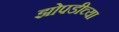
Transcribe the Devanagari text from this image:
झोपडीच्या